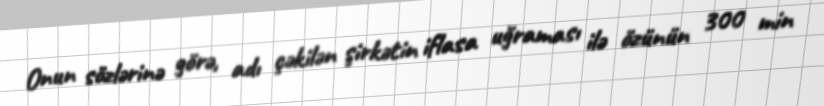
Onun sözlərinə görə, adı çəkilən şirkətin iflasa uğraması ilə özünün 300 min